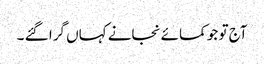
آج تو جو کمائے نجانے کہاں گرا گئے ۔